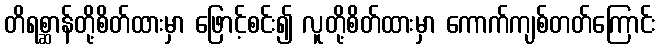
တိရစ္ဆာန်တို့စိတ်ထားမှာ ဖြောင့်စင်း၍ လူတို့စိတ်ထားမှာ ကောက်ကျစ်တတ်ကြောင်း